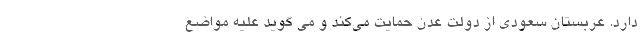
دارد. عربستان سعودی از دولت عدن حمایت می‌کند و می گوید علیه مواضع